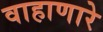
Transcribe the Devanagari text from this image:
वाहाणारे